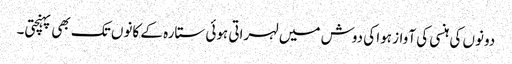
دونوں کی ہنسی کی آواز ہوا کی دوش میں لہراتی ہوئی ستارہ کے کانوں تک بھی پہنچتی۔